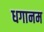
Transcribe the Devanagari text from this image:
धगानम